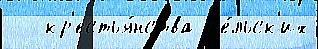
-  кр'естья́нства с'е́льск'их